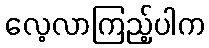
လေ့လာကြည့်ပါက